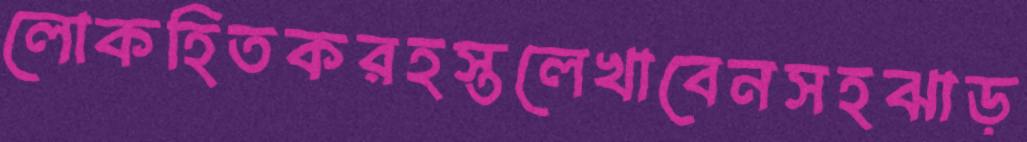
লোকহিতকরহস্তলেখাবেনসহঝাড়